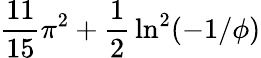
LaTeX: {\frac{11}{15}}\pi^{2}+{\frac{1}{2}}\ln^{2}(-1/\phi)